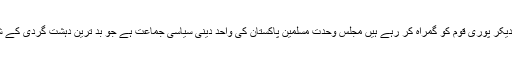
آغا رضا نے کہا ہے کہ نام نہاد لیبرل سیاست دانوں نے اپنی ذاتی سوچ کو نظریہ کا نام دیکر پوری قوم کو گمراہ کر رہے ہیں مجلس وحدت مسلمین پاکستان کی واحد دینی سیاسی جماعت ہے جو بد ترین دہشت گردی کے شکار ہو کر اب بھی اتحاد امت کے داعی ہے،مملکت عزیز پاکستان کا مسقبل روشن ہے۔